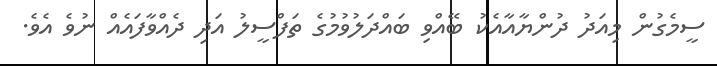
ސީމެގުން މިއަދު ދުންޔާއާއެކު ބޭއްވި ބައްދަލުވުމުގެ ތަފްސީލު އަދި ދެއްވާފައެއް ނުވެ އެވެ.